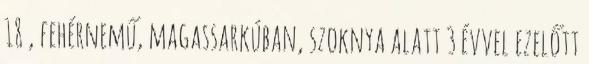
18 , fehérnemű, magassarkúban, szoknya alatt 3 évvel ezelőtt